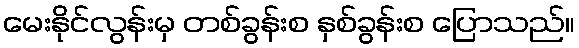
မေးနိုင်လွန်းမှ တစ်ခွန်းစ နှစ်ခွန်းစ ပြောသည်။